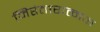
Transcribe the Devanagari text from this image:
निरंतारात्मक